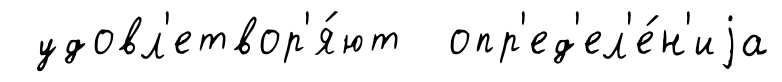
удовл'етвор'я́ют опр'ед'ел'е́н'иjа